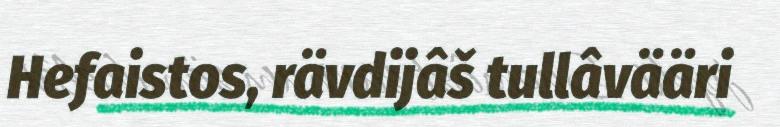
Hefaistos, rävdijâš tullâvääri